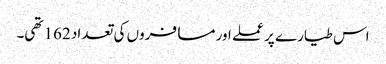
اس طیارے پر عملے اور مسافروں کی تعداد 162 تھی۔